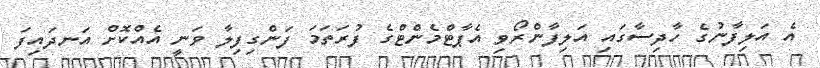
އެ އަލިފާނުގެ ހާދިސާގައި އަލިފާންރޯވި އެޕާޓްމެންޓްގެ ފުރަތަމަ ފަންގިފިލާ ވަނީ އެއްކޮށް އަނދައިފަ